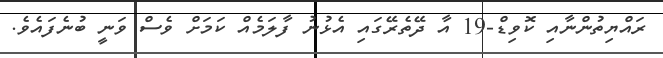
ރައްޔިތުންނާއި ކޮވިޑް-19 އާ ދޭތެރޭގައި އެޅުނު ފާލަމެއް ކަމަށް ވެސް ވަނީ ބުނެފައެވެ.